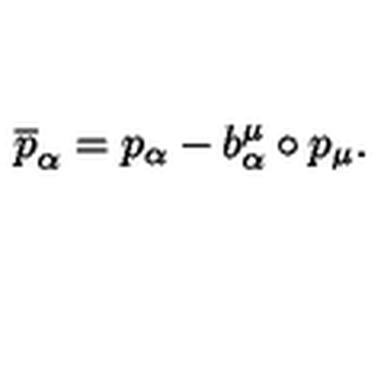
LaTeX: \overline { { p } } _ { \alpha } = p _ { \alpha } - b _ { \alpha } ^ { \mu } \circ p _ { \mu } .